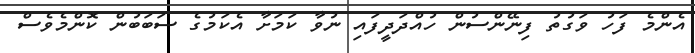
އެންމެ ފަހު ވަގުތު ފިނޭންސުން ހުއްދަދީފައި ނުވާ ކަމަށާ އެކަމުގެ ސަބަބުން ކޮންމެވެސް